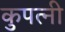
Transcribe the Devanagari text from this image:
कुपत्नी